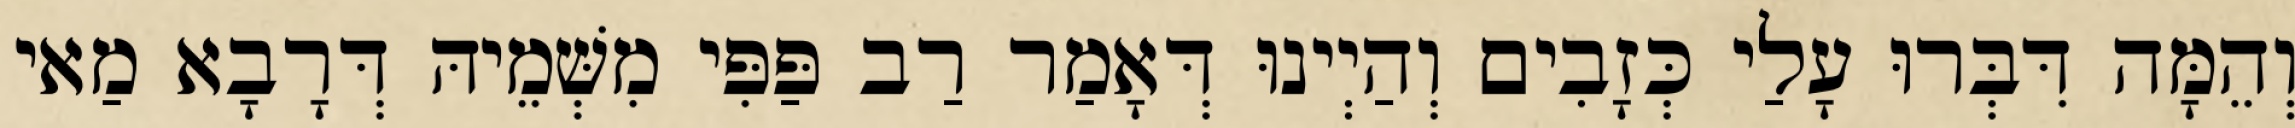
וְהֵמָּה דִּבְּרוּ עָלַי כְּזָבִים וְהַיְינוּ דְּאָמַר רַב פַּפִּי מִשְּׁמֵיהּ דְּרָבָא מַאי